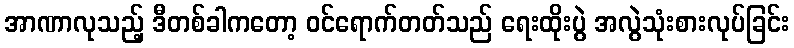
အာဏာလုသည့် ဒီတစ်ခါကတော့ ဝင်ရောက်တတ်သည် ရေးထိုးပွဲ အလွဲသုံးစားလုပ်ခြင်း